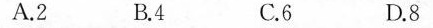
A.2 B.4 C.6 D.8